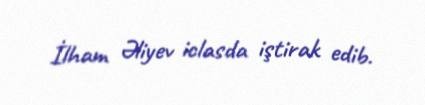
İlham Əliyev iclasda iştirak edib.